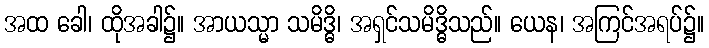
အထ ခေါ၊ ထိုအခါ၌။ အာယသ္မာ သမိဒ္ဓိ၊ အရှင်သမိဒ္ဓိသည်။ ယေန၊ အကြင်အရပ်၌။